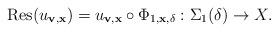
LaTeX: \begin{align*}{\rm Res}(u_{{\bf v},{\bf x}})= u_{{\bf v},{\bf x}} \circ \Phi_{1,{\bf x},\delta}:\Sigma_1(\delta) \to X.\end{align*}